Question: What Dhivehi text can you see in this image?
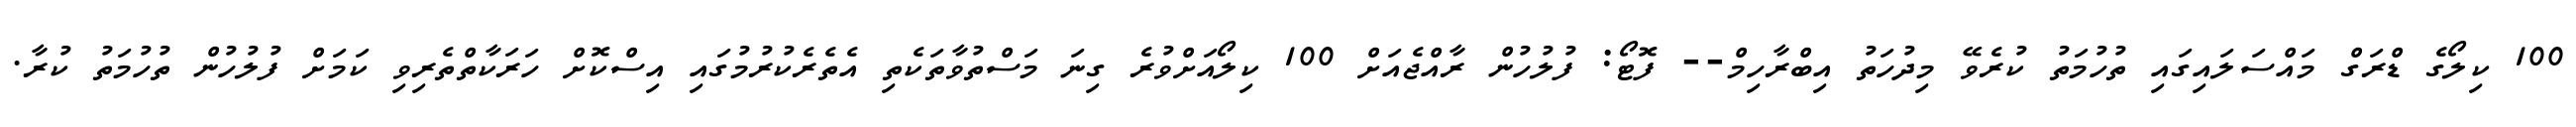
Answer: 100 ކިލޯގެ ޑްރަގް މައްސަލައިގައި ތުހުމަތު ކުރެވޭ މިދުހަތު އިބްރާހިމް-- ފޮޓޯ: ފުލުހުން ރާއްޖެއަށް 100 ކިލޯއަށްވުރެ ގިނަ މަސްތުވާތަކެތި އެތެރެކުރުމުގައި އިސްކޮށް ހަރަކާތްތެރިވި ކަމަށް ފުލުހުން ތުހުމަތު ކުރާ.